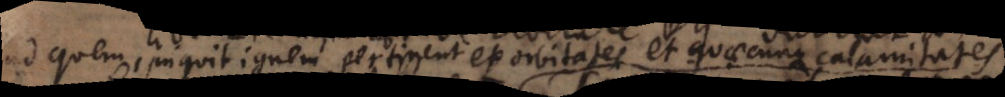
ad quem, inquit, ignem, pertinent et orbitates et quaecunque calamitates